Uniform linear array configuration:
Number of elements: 48
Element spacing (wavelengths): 0.25
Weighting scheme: binomial
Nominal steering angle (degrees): -45
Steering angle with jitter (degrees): -46.61
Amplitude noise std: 0.05
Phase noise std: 0.05

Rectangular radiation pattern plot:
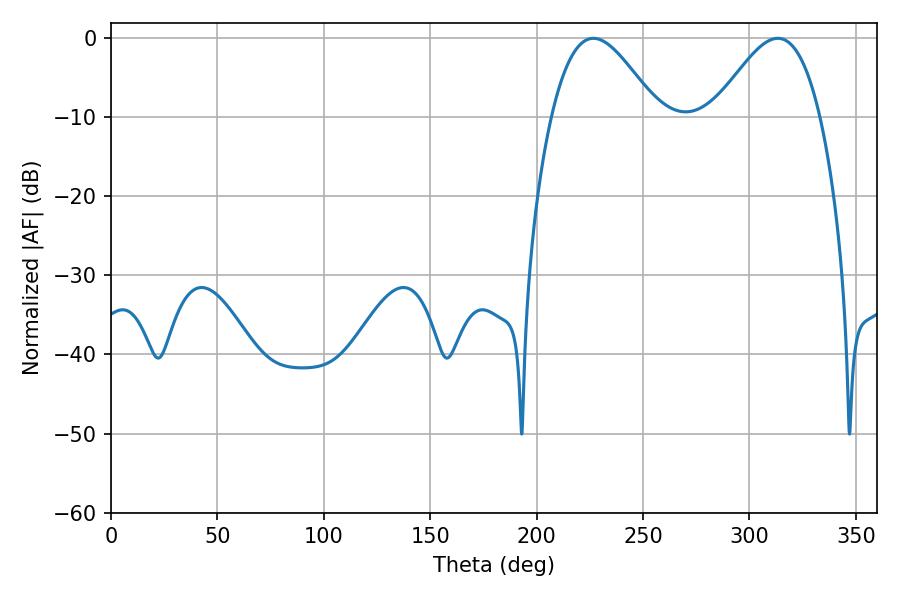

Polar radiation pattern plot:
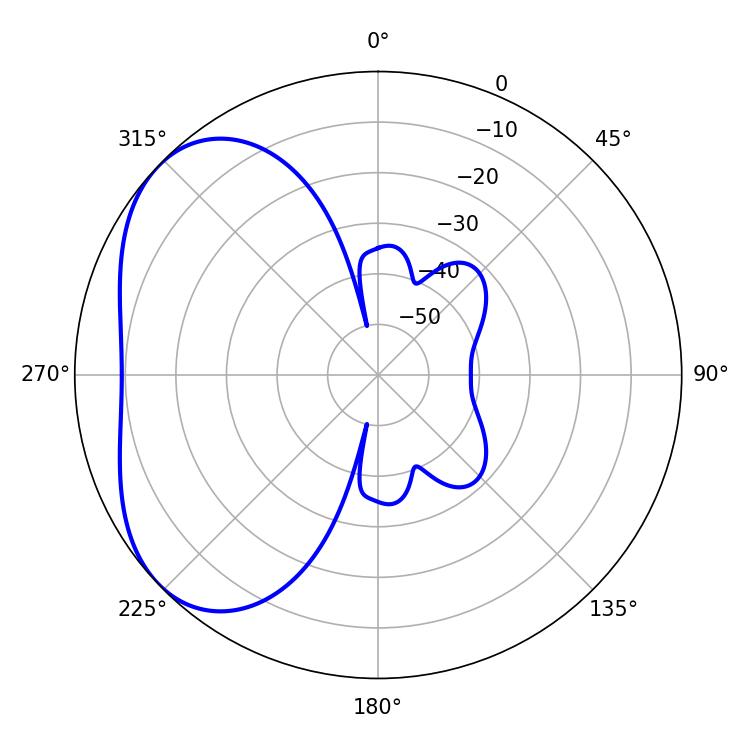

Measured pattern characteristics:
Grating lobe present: FALSE
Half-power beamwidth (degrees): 26.64
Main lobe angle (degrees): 226.62